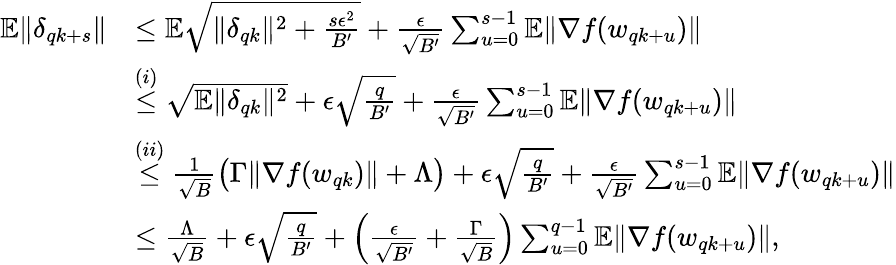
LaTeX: \begin{array}{rl}{\mathbb{E}\| \delta_{qk+s}\| }&{\le\mathbb{E}\sqrt{\| \delta_{qk}\| ^{2}+\frac{s\epsilon^{2}}{B^{\prime}}}+\frac{\epsilon}{\sqrt{B^{\prime}}}\sum_{u=0}^{s-1}\mathbb{E}\| \nabla f(w_{qk+u})\| }\\ &{\overset{(i)}{\le}\sqrt{\mathbb{E}\| \delta_{qk}\| ^{2}}+\epsilon\sqrt{\frac{q}{B^{\prime}}}+\frac{\epsilon}{\sqrt{B^{\prime}}}\sum_{u=0}^{s-1}\mathbb{E}\| \nabla f(w_{qk+u})\| }\\ &{\overset{(ii)}{\le}\frac{1}{\sqrt{B}}\big(\Gamma\| \nabla f(w_{qk})\| +\Lambda\big)+\epsilon\sqrt{\frac{q}{B^{\prime}}}+\frac{\epsilon}{\sqrt{B^{\prime}}}\sum_{u=0}^{s-1}\mathbb{E}\| \nabla f(w_{qk+u})\| }\\ &{\le\frac{\Lambda}{\sqrt{B}}+\epsilon\sqrt{\frac{q}{B^{\prime}}}+\Big(\frac{\epsilon}{\sqrt{B^{\prime}}}+\frac{\Gamma}{\sqrt{B}}\Big)\sum_{u=0}^{q-1}\mathbb{E}\| \nabla f(w_{qk+u})\| ,}\end{array}